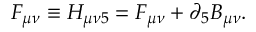
{ \cal F } _ { \mu \nu } \equiv H _ { \mu \nu 5 } = F _ { \mu \nu } + \partial _ { 5 } B _ { \mu \nu } .